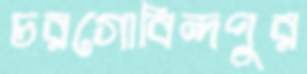
চরগোবিন্দপুর